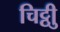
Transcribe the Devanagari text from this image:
चिट्ठीु